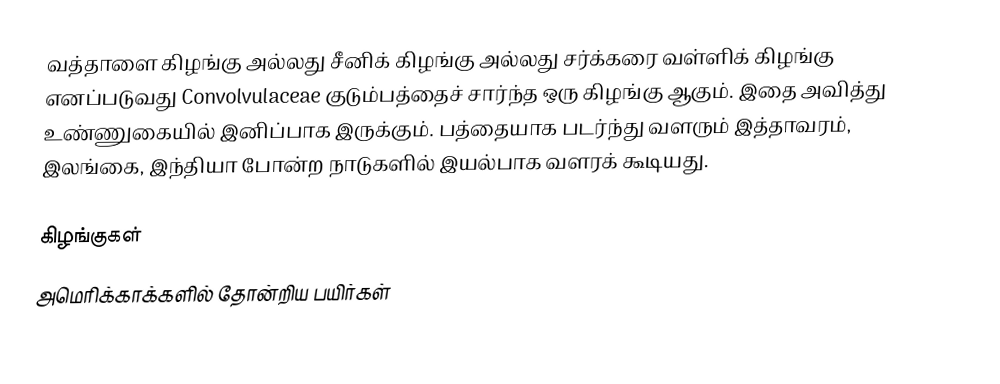
வத்தாளை கிழங்கு அல்லது சீனிக் கிழங்கு அல்லது சர்க்கரை வள்ளிக் கிழங்கு எனப்படுவது Convolvulaceae குடும்பத்தைச் சார்ந்த ஒரு கிழங்கு ஆகும். இதை அவித்து உண்ணுகையில் இனிப்பாக இருக்கும். பத்தையாக படர்ந்து வளரும் இத்தாவரம், இலங்கை, இந்தியா போன்ற நாடுகளில் இயல்பாக வளரக் கூடியது.

கிழங்குகள்
அமெரிக்காக்களில் தோன்றிய பயிர்கள்